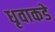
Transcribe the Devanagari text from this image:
धृवाकडे